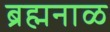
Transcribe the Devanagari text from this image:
ब्रह्मनाळ